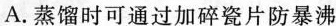
A.蒸馏时可通过加碎瓷片防暴沸